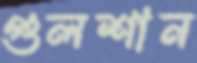
গুলশান